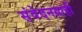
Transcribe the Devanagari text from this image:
संवेदनग्राही